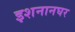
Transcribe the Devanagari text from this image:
इशनानघर